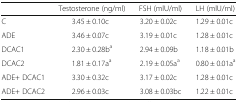
|  | Testosterone (ng/ml) | FSH (mlU/ml) | LH (mlU/ml) |
 | --- | --- | --- | --- |
 | C | 3.45 ± 0.10c | 3.20 ± 0.02c | 1.29 ± 0.01c |
 | ADE | 3.46 ± 0.07c | 3.19 ± 0.01c | 1.28 ± 0.01c |
 | DCAC1 | 2.30 ± 0.28ba | 2.94 ± 0.09b | 1.18 ± 0.01b |
 | DCAC2 | 1.81 ± 0.17aa | 2.19 ± 0.05aa | 0.80 ± 0.01aa |
 | ADE+ DCAC1 | 3.30 ± 0.32c | 3.17 ± 0.02c | 1.28 ± 0.01c |
 | ADE+ DCAC2 | 2.96 ± 0.03c | 3.08 ± 0.03bc | 1.22 ± 0.01c |